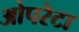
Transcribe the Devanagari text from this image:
ओपरेटा